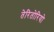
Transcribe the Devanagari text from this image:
तेरितोरियो